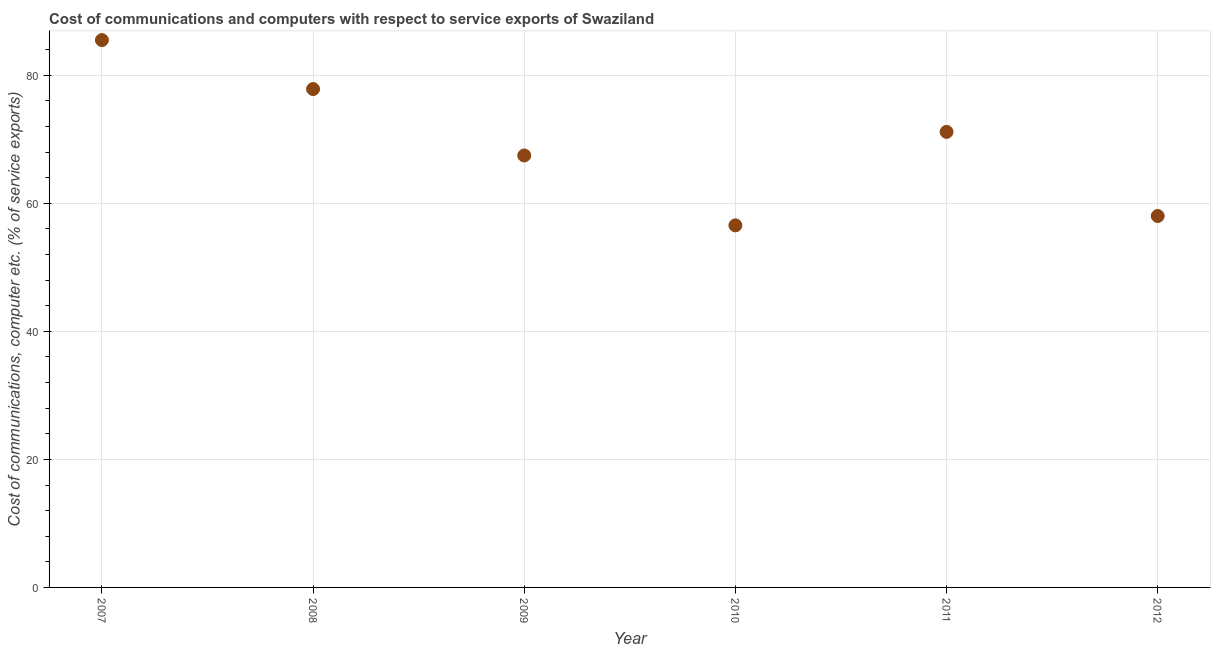
| Year | Communications |
 | --- | --- |
 | 2007 | 85.5 |
 | 2008 | 77.9 |
 | 2009 | 67.5 |
 | 2010 | 56.6 |
 | 2011 | 71.2 |
 | 2012 | 58 |